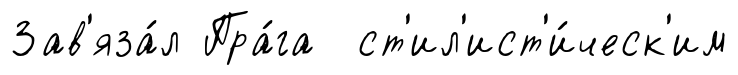
Зав'яза́л Пра́га ст'ил'ист'и́ческ'им